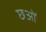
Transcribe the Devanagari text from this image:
छओं